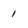
Character: 1